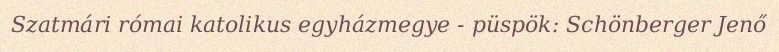
Szatmári római katolikus egyházmegye - püspök: Schönberger Jenő